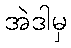
အဲဒါမှ